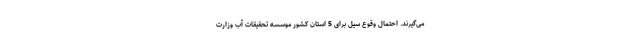
می‌گیرند. احتمال وقوع سیل برای 5 استان کشور موسسه تحقیقات آب وزارت